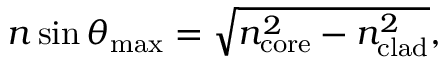
n \sin \theta _ { \mathrm { m a x } } = { \sqrt { n _ { \mathrm { c o r e } } ^ { 2 } - n _ { \mathrm { c l a d } } ^ { 2 } } } ,